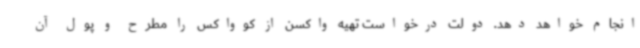
انجام خواهد دهد. دولت درخواست تهیه واکسن از کوواکس را مطرح و پول آن